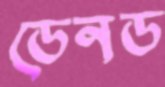
ডেনড